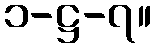
၁-ဋ္ဌ-၇။